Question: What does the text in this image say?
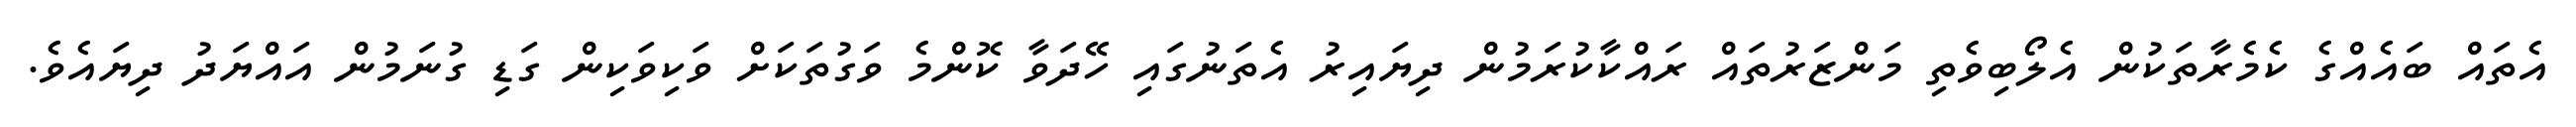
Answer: އެތައް ބައެއްގެ ކެމެރާތަކުން އެލޯބިވެތި މަންޒަރުތައް ރައްކާކުރަމުން ދިޔައިރު އެތަނުގައި ހޭދަވާ ކޮންމެ ވަގުތަކަށް ވަކިވަކިން ގަޑި ގުނަމުން އައްޔަދު ދިޔައެވެ.